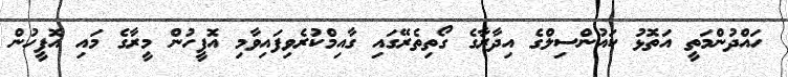
ހައްދުންމަތީ އަތޮޅު ކައުންސިލްގެ އިދާރާގެ ގޯތިތެރޭގައި ގާއިމްކުރެވިފައިވާމި އޮފީހުން މީރާގެ މައި އޮފީހުން